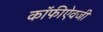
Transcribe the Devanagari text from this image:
कॉफीऐवजी